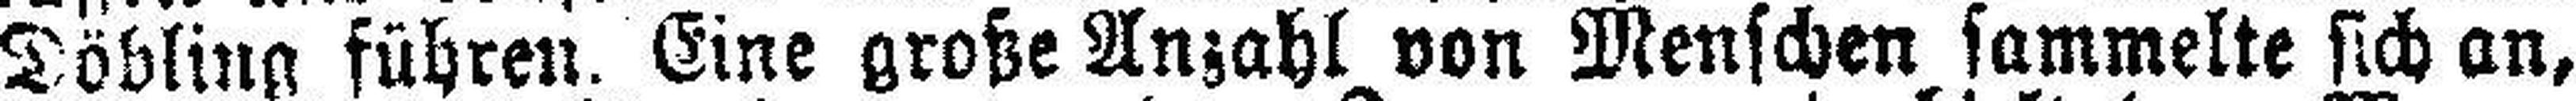
Döbling führen. Eine große Anzahl von Menschen sammelte sich an,